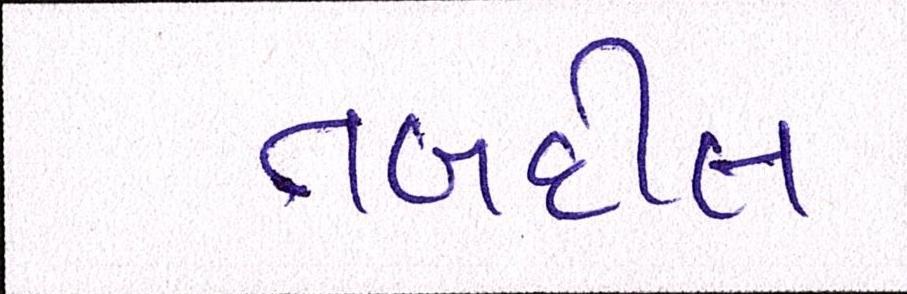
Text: તબદીલ